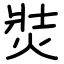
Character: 焋